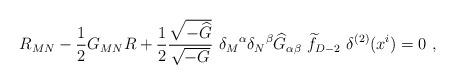
LaTeX: \begin{align*}R_{MN}-{1\over 2}G_{MN} R+{1\over 2}{\sqrt{-{\widehat G}}\over \sqrt{-G}}~{\delta_M}^\alpha {\delta_N}^\beta {\widehat G}_{\alpha\beta}~ {\widetilde f}_{D-2}~\delta^{(2)}(x^i)=0~,\end{align*}